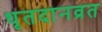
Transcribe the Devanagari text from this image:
धृतदानव्रत